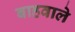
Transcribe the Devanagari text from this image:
बाहवाले